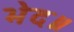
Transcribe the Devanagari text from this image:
भेद॥